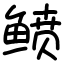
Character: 鲼